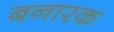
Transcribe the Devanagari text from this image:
बनारक